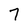
Character: 7